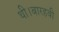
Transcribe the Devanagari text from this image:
थी।बारहवी